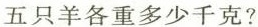
五只羊各重多少千克?